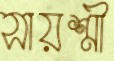
সায়শ্রী